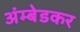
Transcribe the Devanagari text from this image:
अंम्बेडकर